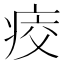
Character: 𤶀